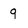
Character: 9